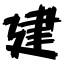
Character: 建